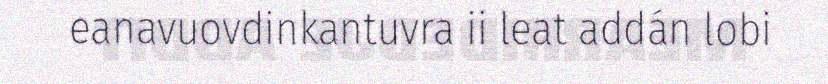
eanavuovdinkantuvra ii leat addán lobi